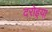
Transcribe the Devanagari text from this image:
दरोइया